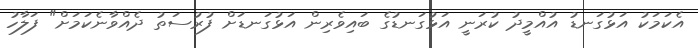
އެކަމަކު އަޅުގަނޑު އުއްމީދު ކުރަނީ އަޅުގަނޑުގެ ބައިވެރިން އަޅުގަނޑަށް ފުރުސަތު ދެއްވާނެކަމަށް" ފަލާހު